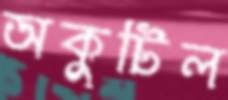
অকুটিল